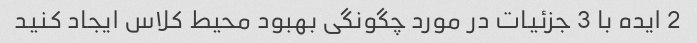
2 ایده با 3 جزئیات در مورد چگونگی بهبود محیط کلاس ایجاد کنید